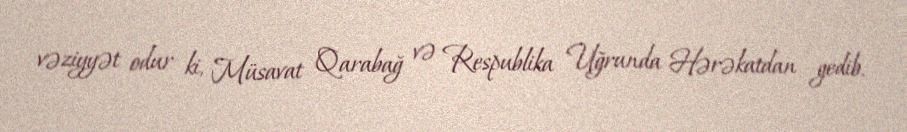
vəziyyət odur ki, Müsavat Qarabağ və Respublika Uğrunda Hərəkatdan gedib.